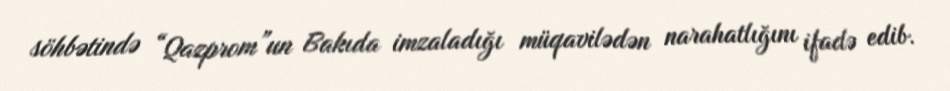
söhbətində “Qazprom”un Bakıda imzaladığı müqavilədən narahatlığını ifadə edib.